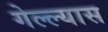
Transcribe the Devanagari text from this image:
गेल्ल्यास